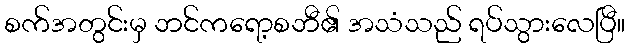
စက်အတွင်းမှ ဘင်ကရော့စဘီ၏ အသံသည် ရပ်သွားလေပြီ။